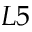
L 5